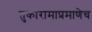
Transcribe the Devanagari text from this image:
तुकारामाप्रमाणेच